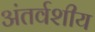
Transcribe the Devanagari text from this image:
अंतर्वशीय